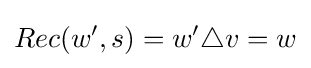
Rec(w',s)=w'\triangle v=w